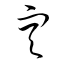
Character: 空